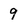
Character: 9